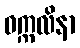
ဝက္ကလိနာ